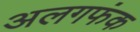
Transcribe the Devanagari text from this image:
अलगफंक